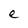
Character: e